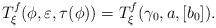
LaTeX: \begin{align*}T_\xi^f(\phi,\varepsilon,\tau(\phi))=T_\xi^f(\gamma_0,a,[b_0]).\end{align*}